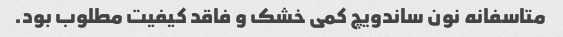
متاسفانه نون ساندویچ کمی خشک و فاقد کیفیت مطلوب بود.